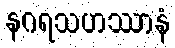
နဂရသဟဿာနံ